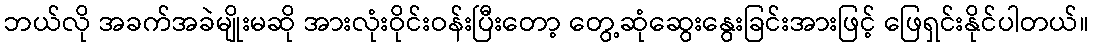
ဘယ်လို အခက်အခဲမျိုးမဆို အားလုံးဝိုင်းဝန်းပြီးတော့ တွေ့ဆုံဆွေးနွေးခြင်းအားဖြင့် ဖြေရှင်းနိုင်ပါတယ်။